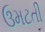
ઉમટતી